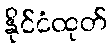
နိုင်ငံထုတ်